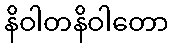
နိဝါတနိဝါတော